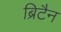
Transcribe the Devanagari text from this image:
ब्रिटैन